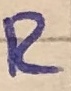
Text: R